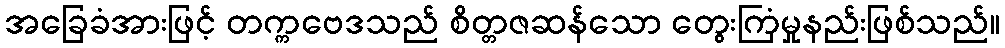
အခြေခံအားဖြင့် တက္ကဗေဒသည် စိတ္တဇဆန်သော တွေးကြံမှုနည်းဖြစ်သည်။